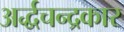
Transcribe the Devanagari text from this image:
अर्द्धचन्द्रकार